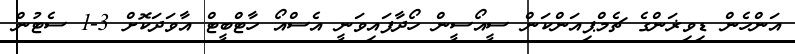
އަންހެން ޑިވިޜަންގެ ޗެމްޕިއަންކަން ސީއޯސީން ހޯދާފައިވަނީ އެސްއޯ ހާޓްބީޓް އާވަދަކޮށް 3-1 ސެޓުން